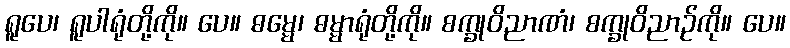
ရူပေ၊ ရူပါရုံတို့ကို။ ပေ။ ဓမ္မေ၊ ဓမ္မာရုံတို့ကို။ စက္ခုဝိညာဏံ၊ စက္ခုဝိညာဉ်ကို။ ပေ။